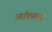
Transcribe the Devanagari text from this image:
आईएसक्यू